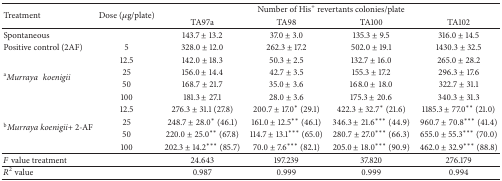
<table><thead><tr><td rowspan="2"><b>Treatment</b></td><td rowspan="2"><b>Dose (<i>μ</i>g/plate)</b></td><td colspan="4"><b>Number of His<sup>+</sup> revertants colonies/plate</b></td></tr><tr><td><b>TA97a</b></td><td><b>TA98</b></td><td><b>TA100</b></td><td><b>TA102</b></td></tr></thead><tbody><tr><td>Spontaneous</td><td>[EMPTY_CELL]</td><td>143.7 ± 13.2</td><td>37.0 ± 3.0</td><td>135.3 ± 9.5</td><td>316.0 ± 14.5</td></tr><tr><td>Positive control (2AF)</td><td>5</td><td>328.0 ± 12.0</td><td>262.3 ± 17.2</td><td>502.0 ± 19.1</td><td>1430.3 ± 32.5</td></tr><tr><td rowspan="4"><sup>a</sup><i>Murraya </i><i>koenigii </i></td><td>12.5</td><td>142.0 ± 18.3</td><td>50.3 ± 2.5</td><td>132.7 ± 16.0</td><td>265.0 ± 28.2</td></tr><tr><td>25</td><td>156.0 ± 14.4</td><td>42.7 ± 3.5</td><td>155.3 ± 17.2</td><td>296.3 ± 17.6</td></tr><tr><td>50</td><td>168.7 ± 21.7</td><td>35.0 ± 3.6</td><td>168.0 ± 18.0</td><td>322.7 ± 31.1</td></tr><tr><td>100</td><td>181.3 ± 27.1</td><td>28.0 ± 3.6</td><td>175.3 ± 20.6</td><td>340.3 ± 31.3</td></tr><tr><td rowspan="4"><sup>b</sup><i>Murraya koenigii</i>+ 2-AF</td><td>12.5</td><td>276.3 ± 31.1 (27.8)</td><td>200.7 ± 17.0* (29.1)</td><td>422.3 ± 32.7* (21.6)</td><td>1185.3 ± 77.0** (21.0)</td></tr><tr><td>25</td><td>248.7 ± 28.0* (46.1)</td><td>161.0 ± 12.5** (46.1)</td><td>346.3 ± 21.6*** (44.9)</td><td>960.7 ± 70.8*** (41.4)</td></tr><tr><td>50</td><td>220.0 ± 25.0** (67.8)</td><td>114.7 ± 13.1*** (65.0)</td><td>280.7 ± 27.0*** (66.3)</td><td>655.0 ± 55.3*** (70.0)</td></tr><tr><td>100</td><td>202.3 ± 14.2*** (85.7)</td><td>70.0 ± 7.6*** (82.1)</td><td>205.0 ± 18.0*** (90.9)</td><td>462.0 ± 32.9*** (88.8)</td></tr><tr><td><i>F</i> value treatment</td><td>[EMPTY_CELL]</td><td>24.643</td><td>197.239</td><td>37.820</td><td>276.179</td></tr><tr><td><i>R</i><sup>2</sup> value</td><td>[EMPTY_CELL]</td><td>0.987</td><td>0.999</td><td>0.999</td><td>0.994</td></tr></tbody></table>